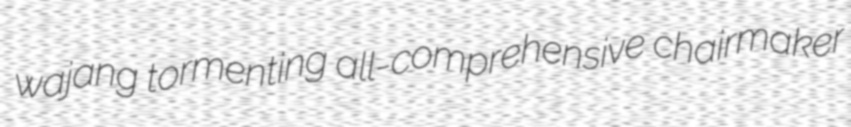
wajang tormenting all-comprehensive chairmaker